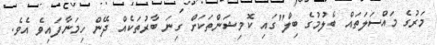
މަރުގެ މައްސަލަތައް ބެލުމުގެ ބިލް"ގައި ކޮމިޝަންތަކަށް ގިނަ ބާރުތަކެއް ދޭން ހިމަނާފައިވެ އެވެ.